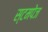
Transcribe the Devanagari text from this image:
स्टमपेज